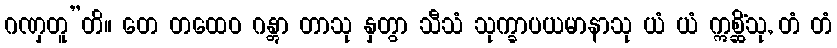
ဂဏှတူ”တိ။ တေ တထေဝ ဂန္တွာ တာသု နှတွာ သီသံ သုက္ခာပယမာနာသု ယံ ယံ ဣစ္ဆိံသု, တံ တံ